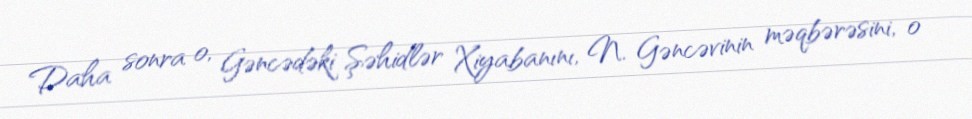
Daha sonra o, Gəncədəki Şəhidlər Xiyabanını, N. Gəncəvinin məqbərəsini, o